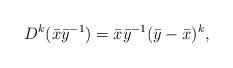
LaTeX: \begin{align*} D^k(\bar{x}\bar{y}^{-1})=\bar{x}\bar{y}^{-1}(\bar{y}-\bar{x})^k, \end{align*}